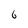
Character: 6